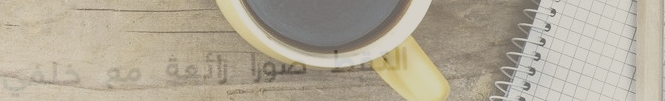
التقط صورًا رائعة مع خلفي